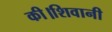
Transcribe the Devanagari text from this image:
की।शिवानी